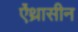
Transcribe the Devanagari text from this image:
ऐंथ्रासीन